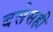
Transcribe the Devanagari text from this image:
बसेसही